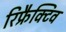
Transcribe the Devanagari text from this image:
रिफ्रैक्टिव